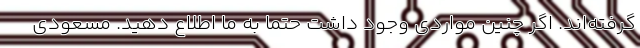
گرفته‌اند. اگر چنین مواردی وجود داشت حتما به ما اطلاع دهید. مسعودی